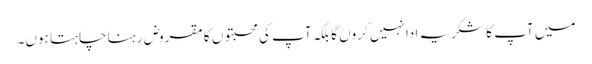
میں آپ کا شکریہ ادا نہیں کروں گا بلکہ آپ کی محبتوں کا مقروض رہنا چاہتا ہوں۔